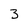
Character: 3